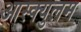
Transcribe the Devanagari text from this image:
आस्क्युलम